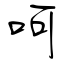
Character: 呵